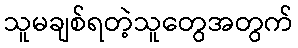
သူမချစ်ရတဲ့သူတွေအတွက်